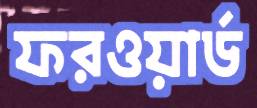
ফরওয়ার্ড